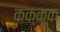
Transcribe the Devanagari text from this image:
कक्कूक